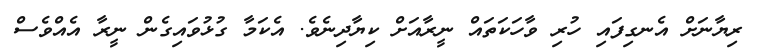
ރިޔާނަށް އެނގިފައި ހުރި ވާހަކަތައް ނީރާއަށް ކިޔާދިނެވެ. އެކަމާ ގުޅުވައިގެން ނީރާ އެއްވެސް